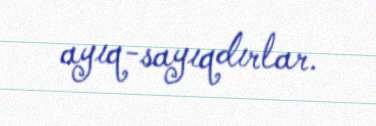
ayıq-sayıqdırlar.